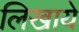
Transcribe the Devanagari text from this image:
लिखाये